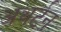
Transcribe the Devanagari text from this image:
अथर्टन